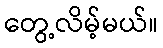
တွေ့လိမ့်မယ်။